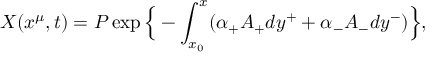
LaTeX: X ( x ^ { \mu } , t ) = P \exp \Big \{ - \int _ { x _ { 0 } } ^ { x } ( \alpha _ { + } A _ { + } d y ^ { + } + \alpha _ { - } A _ { - } d y ^ { - } ) \Big \} ,